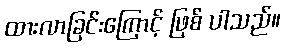
ထားလာခြင်းကြောင့် ဖြစ် ပါသည်။